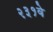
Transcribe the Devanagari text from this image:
२३१वे